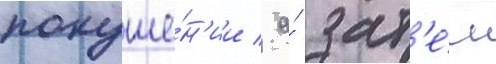
покуше́н'ии / а́ зат'е́м